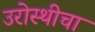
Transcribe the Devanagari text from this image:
उरोस्थीचा